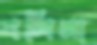
বলিনা